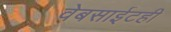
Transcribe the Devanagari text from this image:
वेबसाईटही